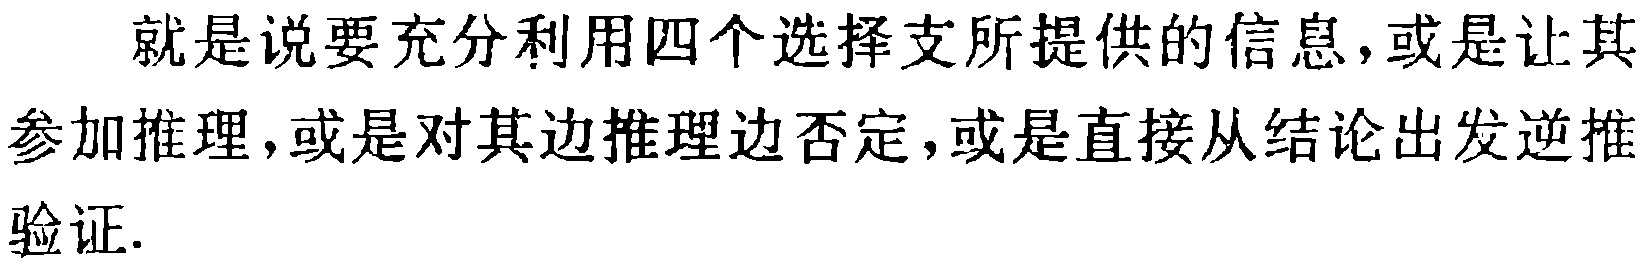
就是说要充分利用四个选择支所提供的信息，或是让其参加推理，或是对其边推理边否定，或是直接从结论出发逆推验证.